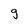
Character: g